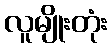
လူမျိုးတုံး